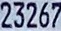
23267